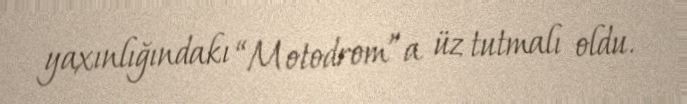
yaxınlığındakı “Motodrom”a üz tutmalı oldu.